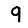
Digit: 9